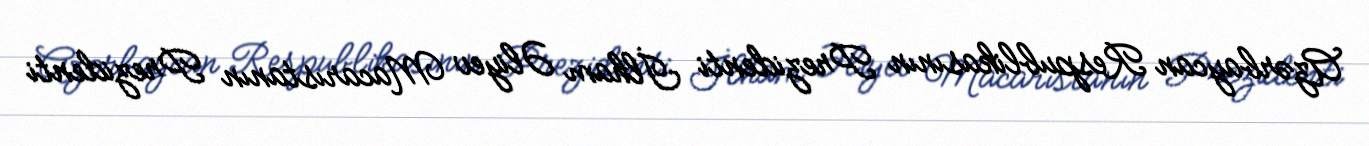
Azərbaycan Respublikasının Prezidenti İlham Əliyev Macarıstanın Prezidenti